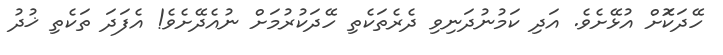
ހޭދަކަޮށް އުޅޭށެވެ. އަދި ކަމުނުދަނިވި ދެރެތަކެތި ހޭދަކުރުމަށް ނުއެދޭށެވެ! އެފަދަ ތަކެެތި ޚުދު